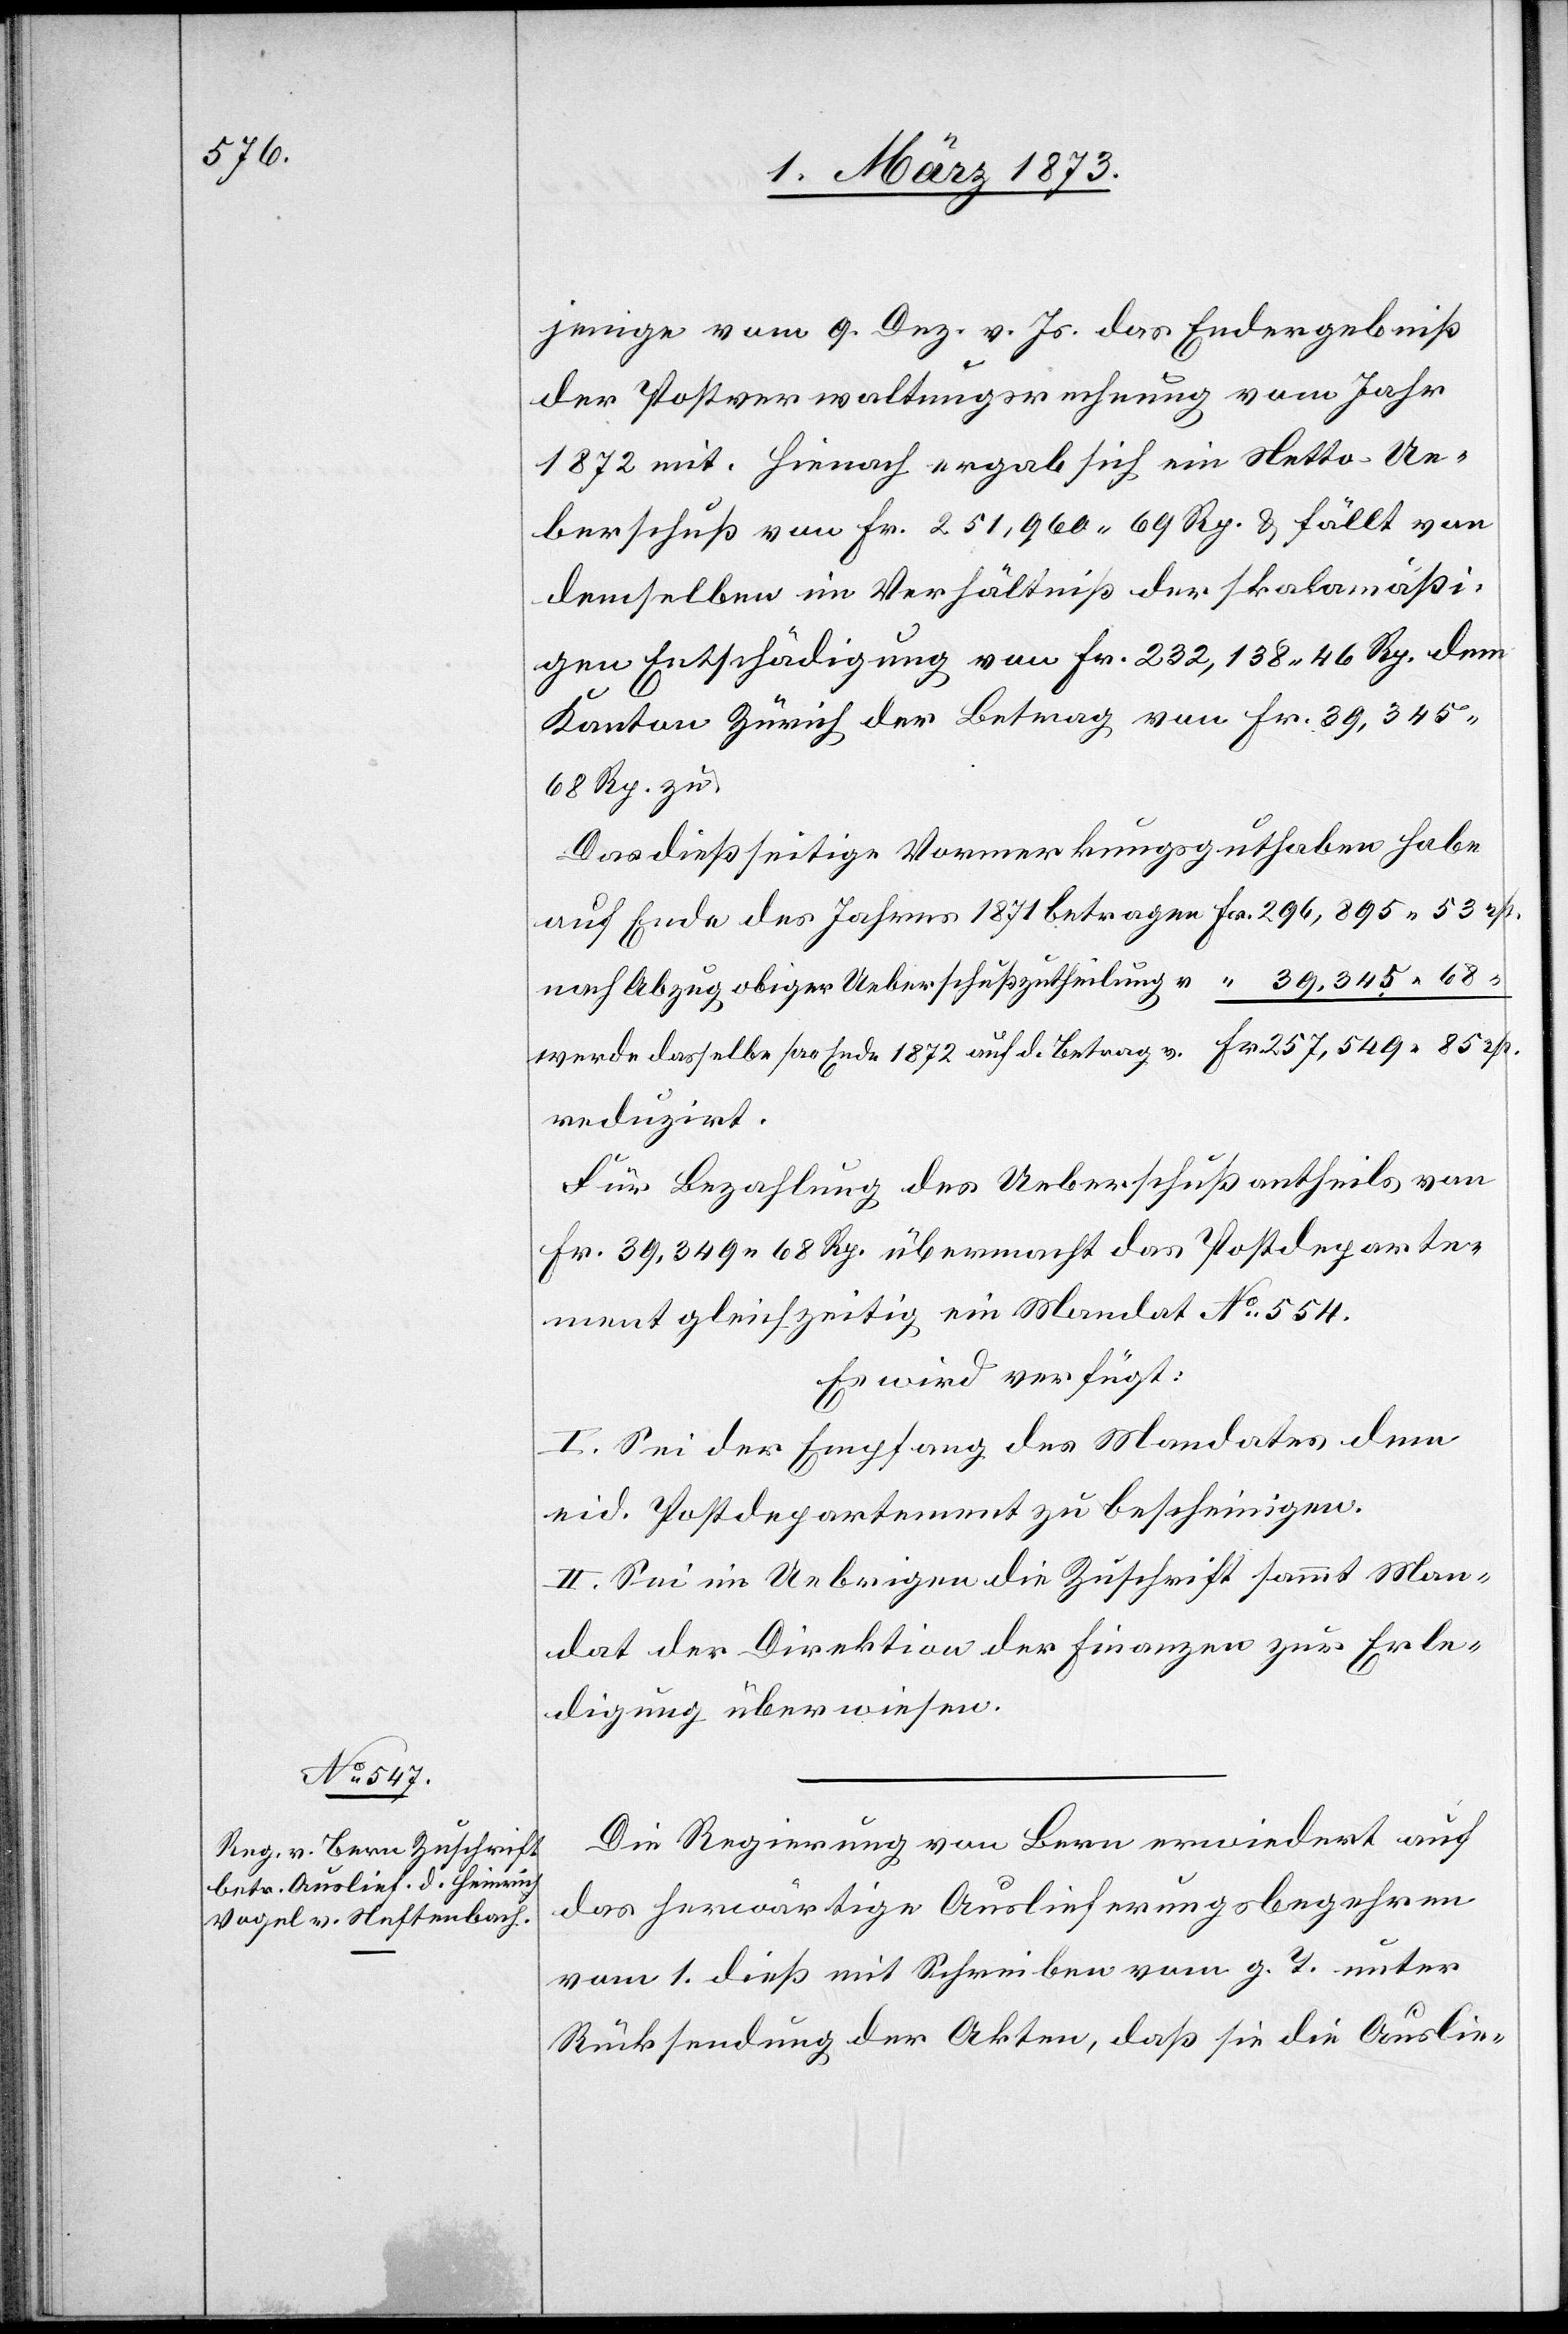
6. März 1873.]
jenige vom 9. Dez. v. Js. das Endergebniß
der Postverwaltungsrechnung vom Jahr
1872 mit. Hienach ergab sich ein Netto-Ue¬
berschuß von Fr. 251,960.69 Rp. u. fällt von
demselben im Verhältniß der skalamäßi¬
gen Entschädigung von Fr. 232,138.46 Rp. dem
Kanton Zürich der Betrag von Fr. 39,345.68
Rp. zu.
Das dießseitige Vermerkungsguthaben
auf Ende des Jahres 1871 betragen Fr. 296,895.53 rp.
nach Abzug obiger Ueberschußzutheilung v. “ 39,345.68
werde dasselbe pro Ende 1872 auf d. Betrag v. Fr. 257,549.85 rp.
reduziert.
Für Bezahlung des Ueberschußantheils von
Fr. 39,349.68 Rp. übermacht das Postdeparte¬
ment gleichzeitig ein Mandat No. 554.
Es wird verfügt:
I. Sei der Empfang des Mandates dem
eid. Postdepartement zu bescheinigen.
II. Sei im Uebrigen die Zuschrift sammt Man¬
dat der Direktion der Finanzen zur Erle¬
digung überwiesen.
Die Regierung von Bern erwiedert auf
das herwärtige Auslieferungsbegehren
vom 1. dieß mit Schreiben vom g. T. unter
Rücksendung der Akten, daß sie die Auslie-